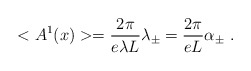
\begin{align*}<A^1(x)>=\frac{2\pi}{e\lambda L}\lambda_\pm=\frac{2\pi}{eL}\alpha_\pm\ .\end{align*}